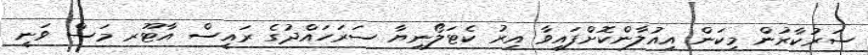
ސަރުކާރުން މިކަން އިއުލާންކޮށްފައިވާ އިރު ކެޓަލޯނިޔާ ސަރަހައްދުގެ ރައީސް އާޓޫރ މަސް ވަނީ